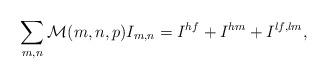
LaTeX: \begin{align*}\sum_{m,n}\mathcal{M}(m,n,p)I_{m,n}&=I^{hf}+I^{hm}+I^{lf,lm},\end{align*}